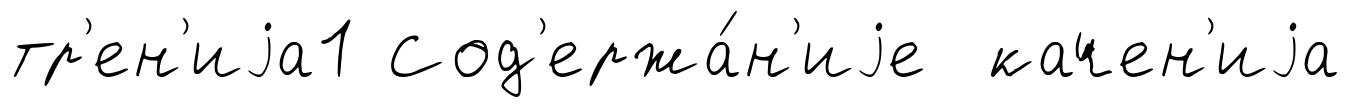
тр'ен'иjа1 Сод'ержа́н'иjе качен'иjа